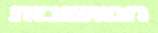
המושבות